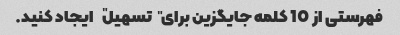
فهرستی از 10 کلمه جایگزین برای "تسهیل" ایجاد کنید.